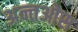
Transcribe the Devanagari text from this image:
अन्तओस